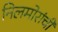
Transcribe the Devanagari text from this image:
निलमोरांची